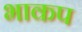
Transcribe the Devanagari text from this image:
भाकप